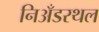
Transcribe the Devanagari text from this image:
निअँडरथल